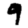
Digit: 9